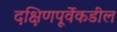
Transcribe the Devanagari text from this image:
दक्षिणपूर्वेकडील